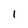
Character: 1